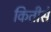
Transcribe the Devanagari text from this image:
कितीसे